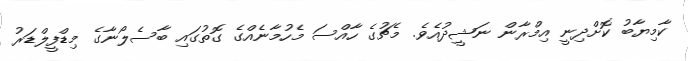
ކާމިޔާބު ކޮށްދިނީ އިމްރާން ނަޝީދުއެވެ. މެޗުގެ ހާއްސަ މެހުމާނެއްގެ ގޮތުގައި ބާސެލޯނާގެ މިޑްފީލްޑަރު